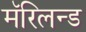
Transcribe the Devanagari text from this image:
मॅरिलन्ड